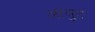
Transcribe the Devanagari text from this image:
आयुत